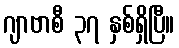
ဂျာဗာစီ ၃၇ နှစ်ရှိပြီ။